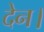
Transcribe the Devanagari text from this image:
देन।